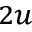
_ { 2 u }